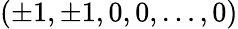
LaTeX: (\pm 1,\pm 1,0,0,\dots,0)